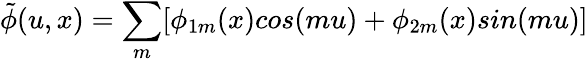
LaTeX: \tilde{\phi}(u,x)=\sum_{m}[\phi_{1m}(x)cos(mu)+\phi_{2m}(x)sin(mu)]